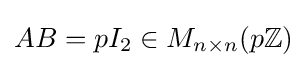
AB=pI_{2}\in M_{n\times n}(p\mathbb {Z} )